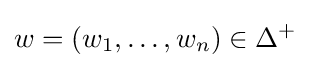
w=(w_{1},\dots ,w_{n})\in \Delta ^{+}